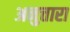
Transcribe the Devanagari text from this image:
अनुत्तारा